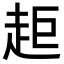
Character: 𧺹